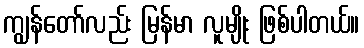
ကျွန်တော်လည်း မြန်မာ လူမျိုး ဖြစ်ပါတယ်။